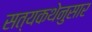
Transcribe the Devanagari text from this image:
सत्यकथेनुसार